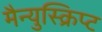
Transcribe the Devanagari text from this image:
मैन्युस्क्रिप्ट